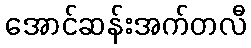
အောင်ဆန်းအက်တလီ